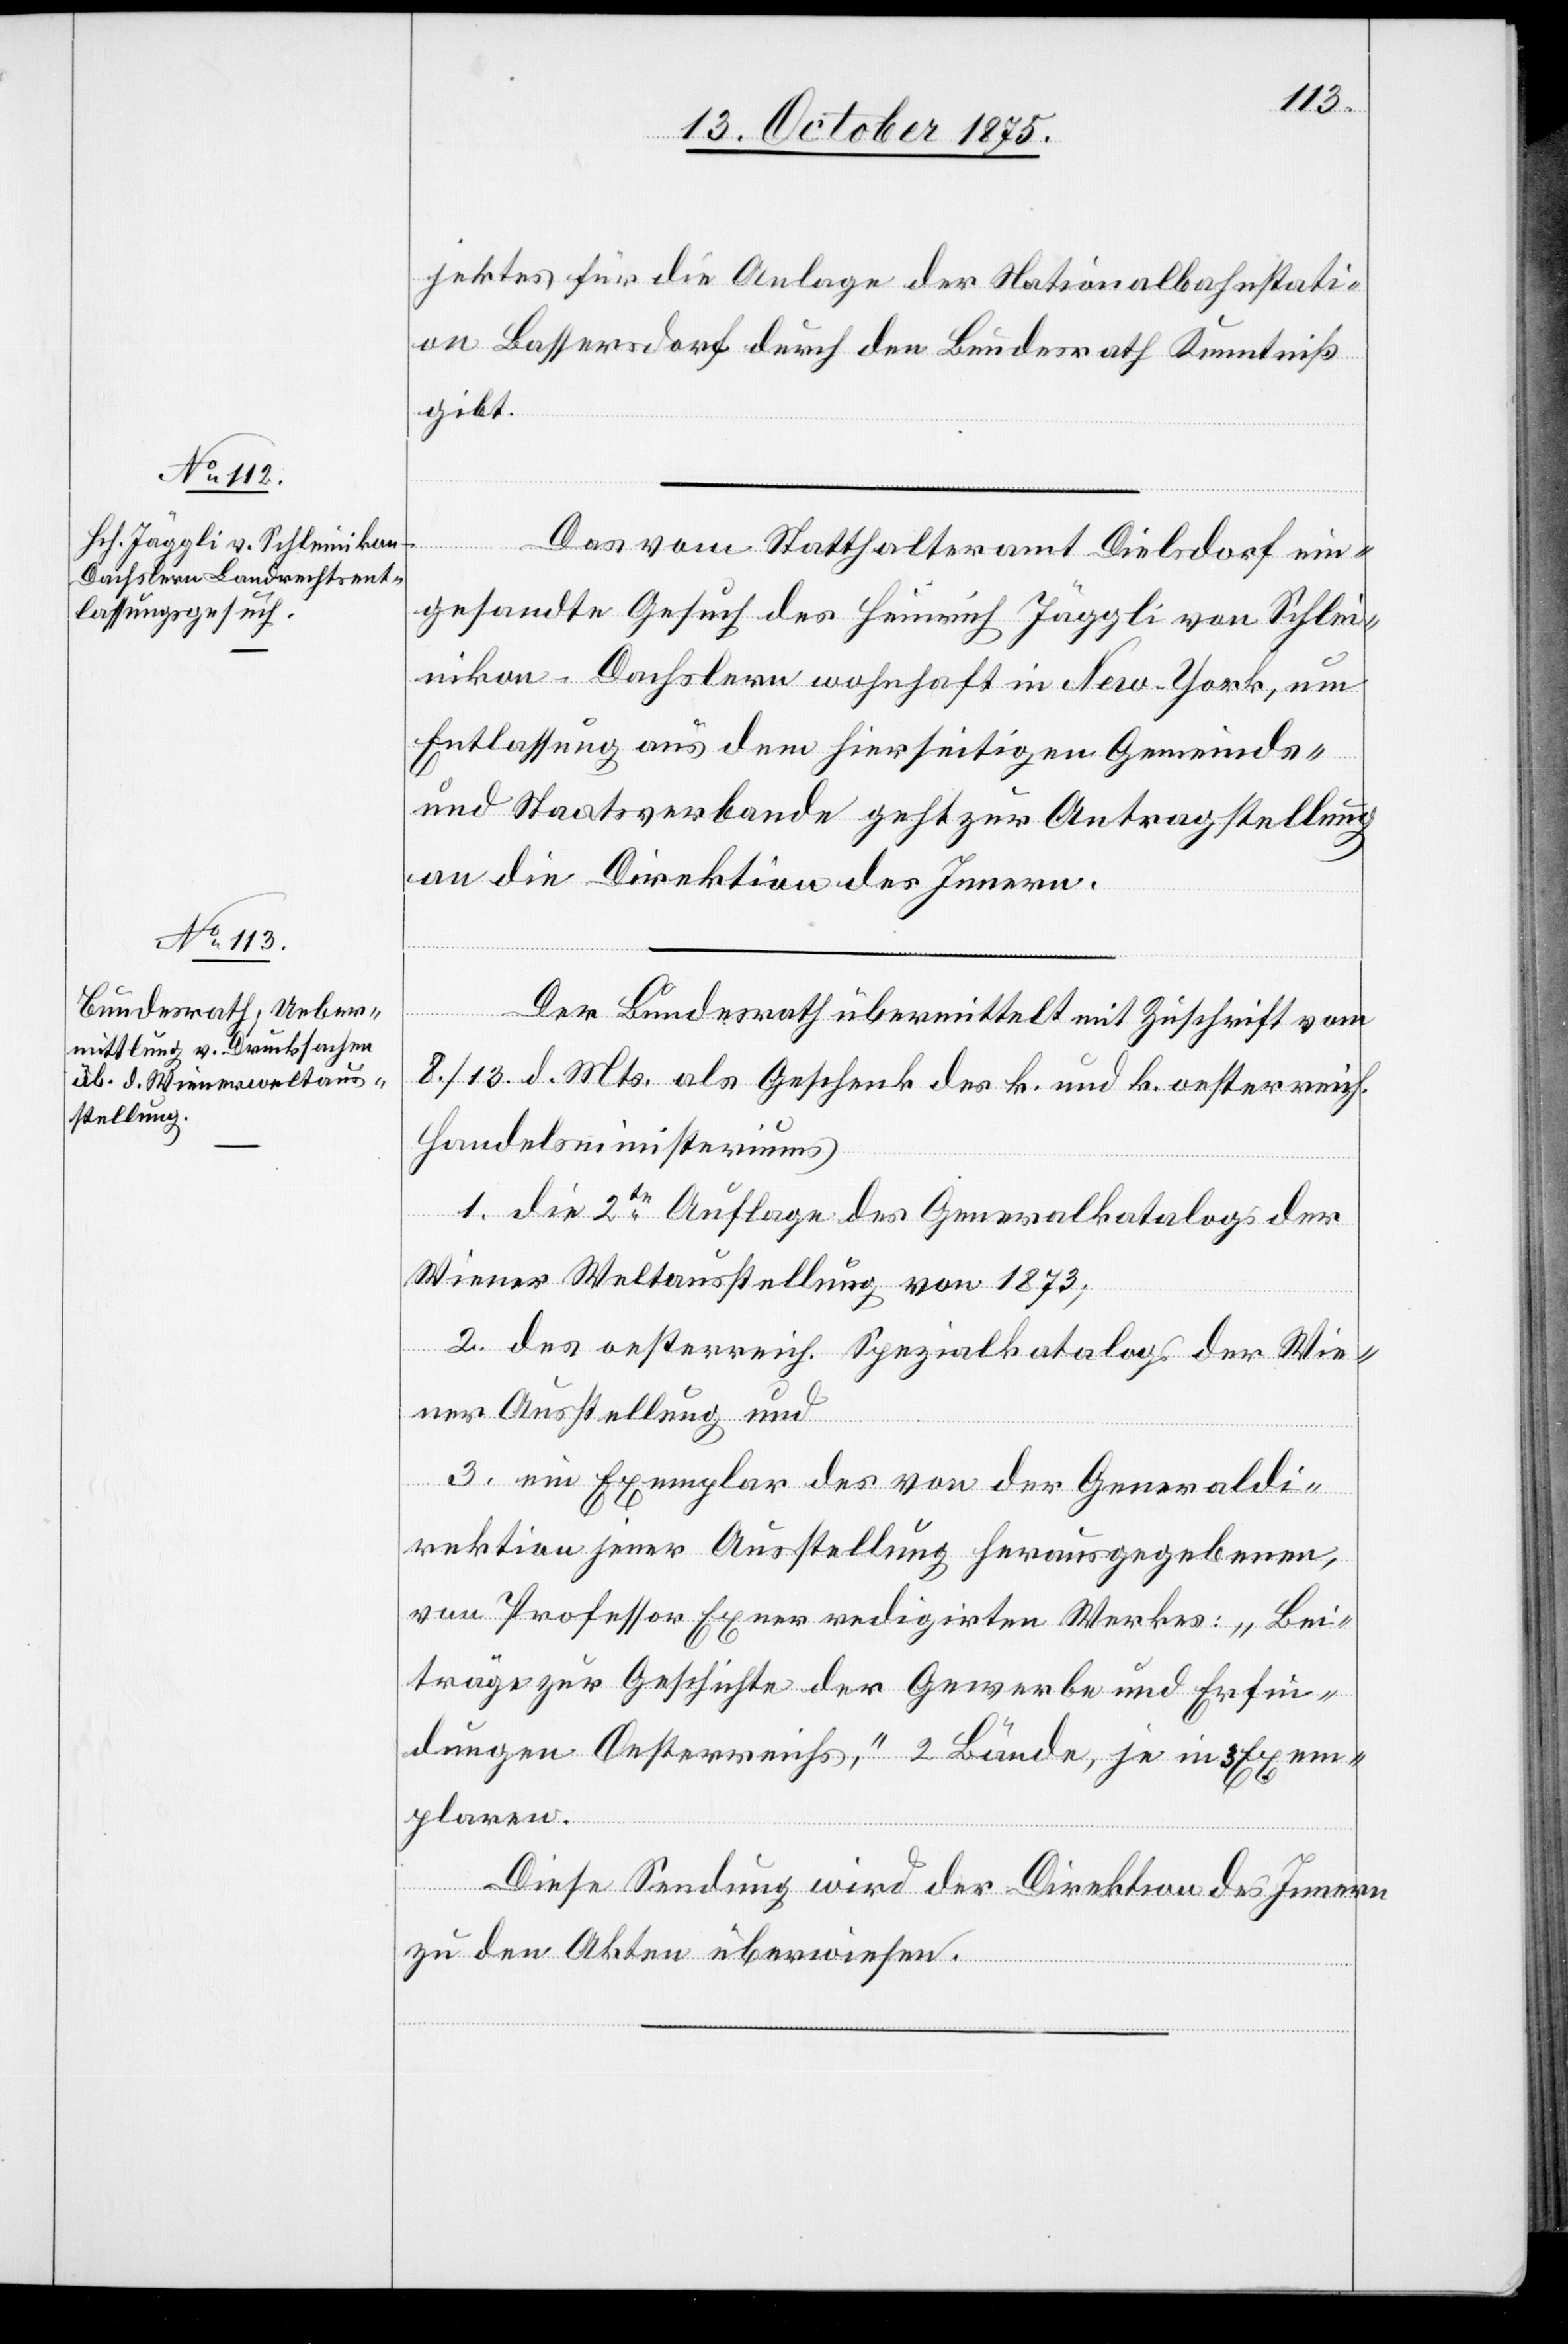
14. October 1875.]
jektes für die Anlage der Nationalbahnstati¬
on Bassersdorf durch den Bundesrath Kenntniß
gibt.
Das vom Statthalteramt Dielsdorf ein¬
gesandte Gesuch des Heinrich Jäggli von Schlei¬
nikon - Dachslern wohnhaft in New-York, um
Entlassung aus dem hierseitigen Gemeinds-
und Staatsverbande geht zur Antragstellung
an die Direktion des Innern.
Der Bundesrath übermittelt mit Zuschrift vom
8./13. d. Mts. als Geschenk des k. und k. oesterreich.
Handelsministeriums
1. die 2te Auflage des Generalkatalogs der
Wiener Weltausstellung von 1873;
2. des oesterreich. Spezialkatalogs der Wie¬
ner Ausstellung und
3. ein Exemplar des von der Generaldi¬
rektion jener Ausstellung herausgegebenen,
von Professor Exner redigirten Werkes: „Bei¬
träge zur Geschichte der Gewerbe und Erfin¬
dungen Oesterreichs,“ 2 Bände, je in 3 Exem¬
plaren.
Diese Sendung wird der Direktion des Innern
zu den Akten überwiesen.